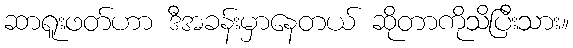
ဆာရူးဖတ်ဟာ ဒီအခန်းမှာနေတယ် ဆိုတာကိုသိပြီးသား။